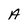
Character: A